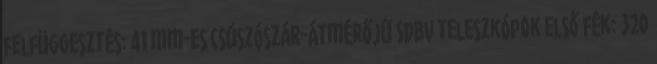
felfüggesztés: 41 mm-es csúszószár-átmérőjű SDBV teleszkópok Első fék: 320